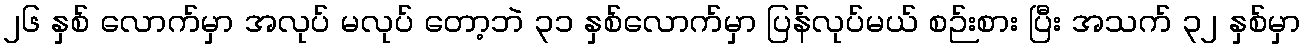
၂၆ နှစ် လောက်မှာ အလုပ် မလုပ် တော့ဘဲ ၃၁ နှစ်လောက်မှာ ပြန်လုပ်မယ် စဉ်းစား ပြီး အသက် ၃၂ နှစ်မှာ